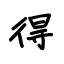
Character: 得